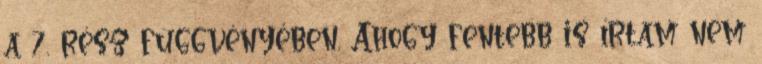
a 7. rész függvényében. Ahogy fentebb is írtam nem